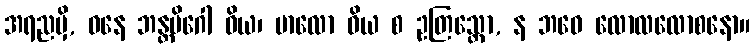
အရညမှိ, ဝနေ ဘန္တမိဂေါ ဝိယ၊ ဗာလော ဝိယ စ ဥတြသ္တော, န ဘဝေ လောလလောစနော။